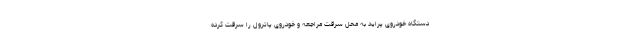
دستگاه خودروی پراید به محل سرقت مراجعه و خودروی پاترول را سرقت کرده